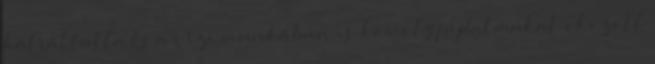
hátráltatta és a vízi munkában is komoly fájdalmakat okozott